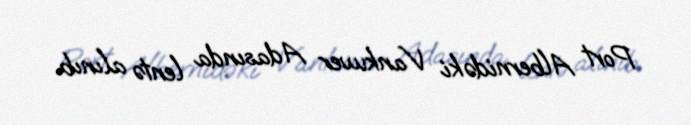
Port Albernidəki Vankuver Adasında lentə alınıb.